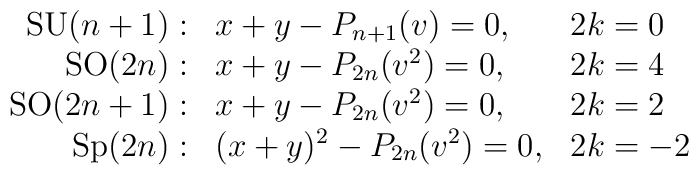
\begin{array}{rll}  {\rm SU}(n+1):&  x+y - P_{n+1}(v)=0, &  2k= 0 \\ {\rm SO}(2n):	 &  x+y - P_{2n}(v^2)=0, &  2k=4 \\ {\rm SO}(2n+1):&  x+y - P_{2n}(v^2) =0,  &  2k=2  \\ {\rm Sp}(2n):	 &  (x+y)^2 - P_{2n}(v^2)=0, &  2k=-2 \\ \end{array}